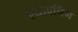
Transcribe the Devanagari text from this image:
ल्यावनिंग